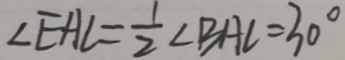
\angle E H L = \frac { 1 } { 2 } \angle B A C = 3 0 ^ { \circ }